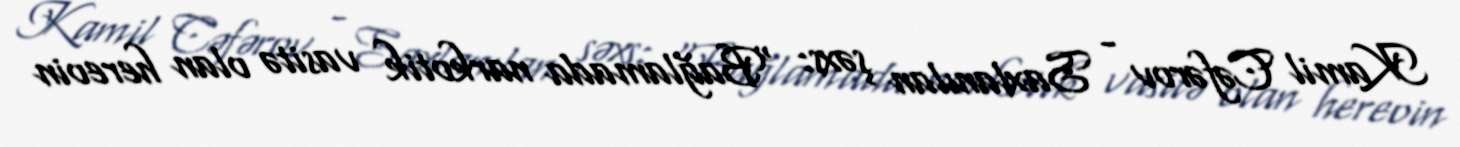
Kamil Cəfərov - Saxlanılan şəxs: "Bağlamada narkotik vasitə olan hereoin